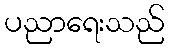
ပညာရေးသည်